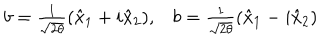
\begin{array} { l l } { { b = \frac { 1 } { \sqrt { 2 \theta } } ( \hat { x } _ { 1 } + i \hat { x } _ { 2 } ) , } } & { { b = \frac { 1 } { \sqrt { 2 \theta } } ( \hat { x } _ { 1 } - i \hat { x } _ { 2 } ) } } \\ \end{array}